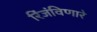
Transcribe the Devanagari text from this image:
रिंजंविणारे